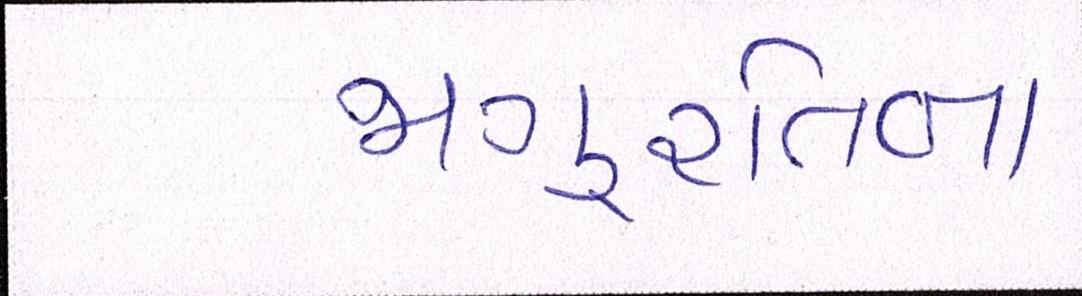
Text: જાગુ્રતિના